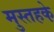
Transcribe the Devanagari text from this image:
मुस्तहके़